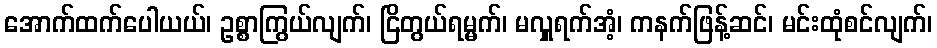
အောက်ထက်ပေါယယ်၊ ဥစ္စာကြွယ်လျက်၊ ငြိတွယ်ရမ္မက်၊ မလှူရက်အံ့၊ ကနက်ဖြန့်ဆင်၊ မင်းထုံစင်လျက်၊